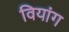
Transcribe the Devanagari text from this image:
वियांग